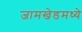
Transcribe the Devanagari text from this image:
जामखेडमध्ये